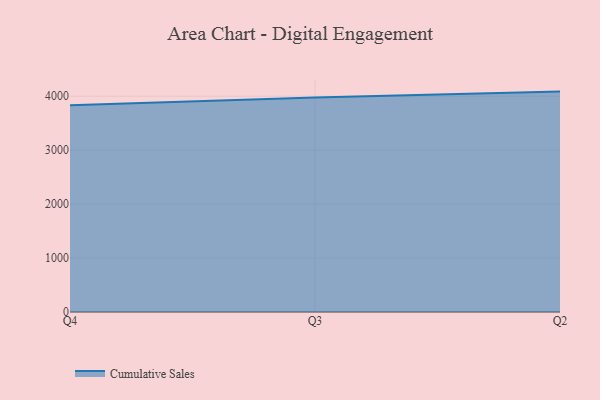
{"axis": {"x": "Quarter", "y": "Production Output"}, "legend": ["Cumulative Sales"], "data": [{"x": "Q4", "y": 3832.7, "type": "Cumulative Sales"}, {"x": "Q3", "y": 3975.5, "type": "Cumulative Sales"}, {"x": "Q2", "y": 4086.8, "type": "Cumulative Sales"}]}